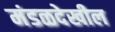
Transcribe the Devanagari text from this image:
मंडळदेखील